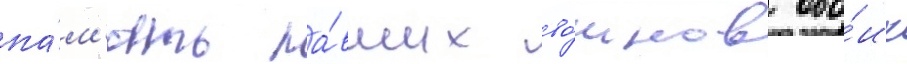
па́м'ять па́вших во́инов обо́их